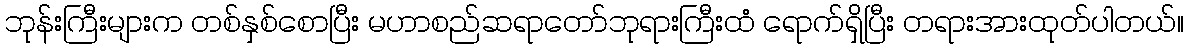
ဘုန်းကြီးများက တစ်နှစ်စောပြီး မဟာစည်ဆရာတော်ဘုရားကြီးထံ ရောက်ရှိပြီး တရားအားထုတ်ပါတယ်။